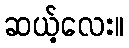
ဆယ့်လေး။